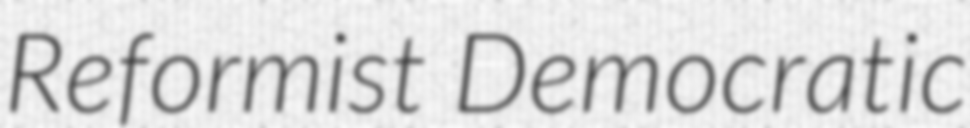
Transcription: Reformist Democratic